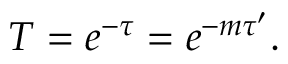
T = e ^ { - \tau } = e ^ { - m \tau ^ { \prime } } .